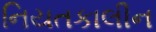
નિયતકાલીન